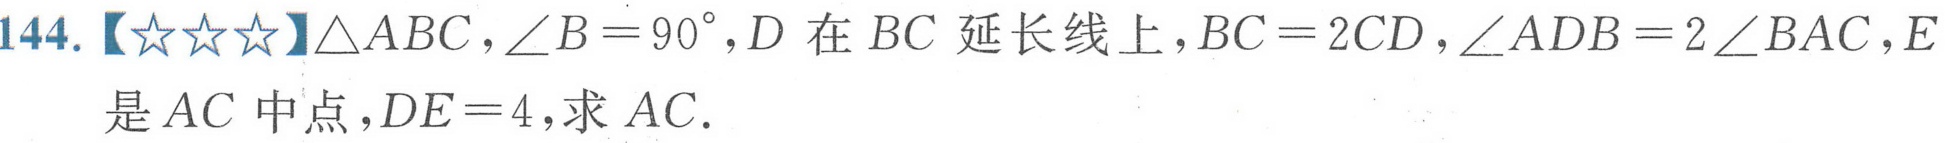
144.【★★★】\(\triangle ABC\)，\(\angle B = 90^{\circ}\)，\(D\)在\(BC\)延长线上，\(BC = 2CD\)，\(\angle ADB = 2\angle BAC\)，\(E\)是\(AC\)中点，\(DE = 4\)，求\(AC\)．